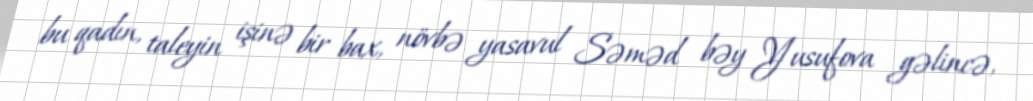
bu qadın, taleyin işinə bir bax, növbə yasavul Səməd bəy Yusufova gəlincə,